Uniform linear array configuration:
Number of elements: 8
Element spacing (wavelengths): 0.75
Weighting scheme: cosine
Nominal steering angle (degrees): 15
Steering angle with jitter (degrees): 13.167
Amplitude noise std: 0.05
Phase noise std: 0.05

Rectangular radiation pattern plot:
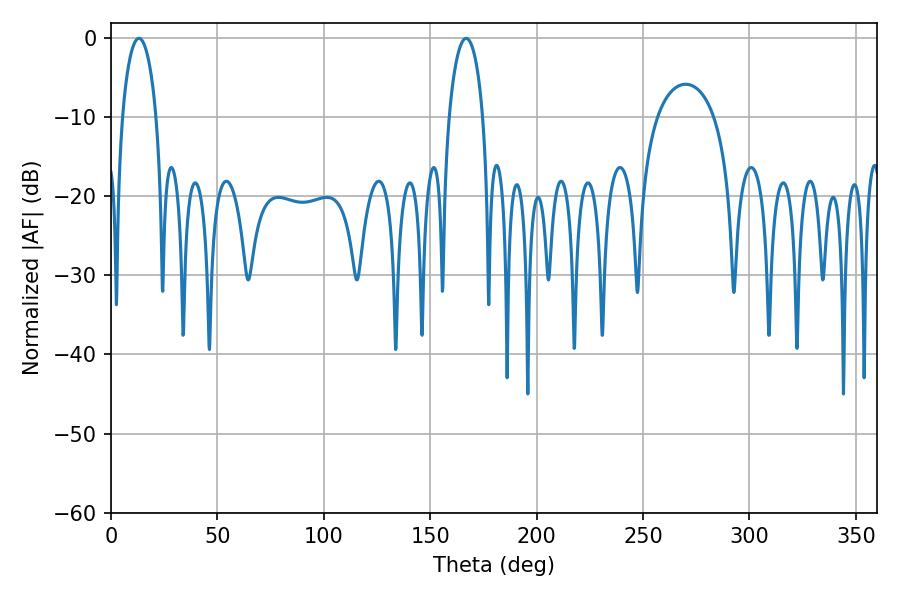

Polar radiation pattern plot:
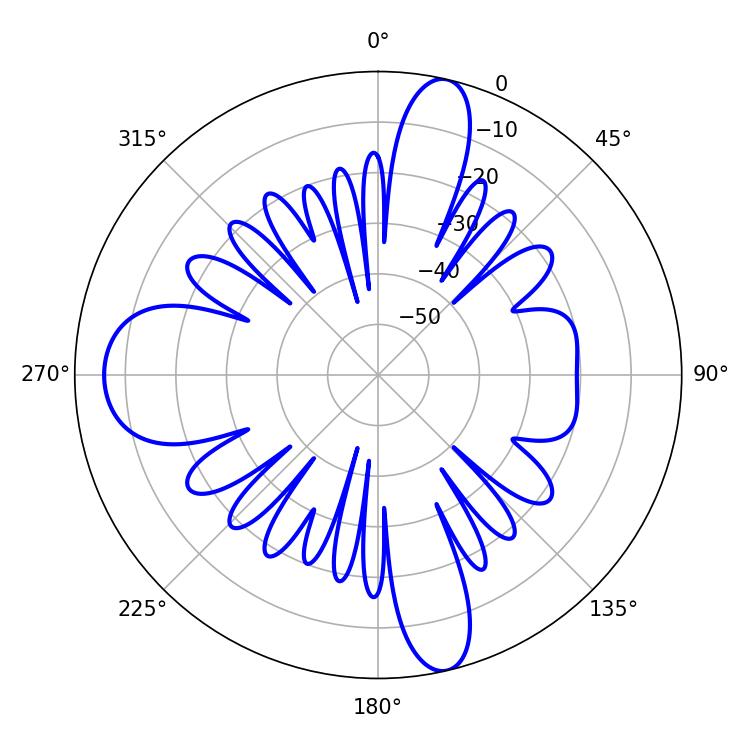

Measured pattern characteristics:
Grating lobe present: TRUE
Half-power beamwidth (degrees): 9
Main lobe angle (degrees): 13.14